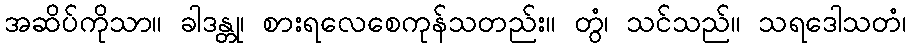
အဆိပ်ကိုသာ။ ခါဒန္တု၊ စားရလေစေကုန်သတည်း။ တွံ၊ သင်သည်။ သရဒေါသတံ၊